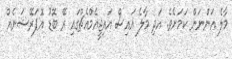
މާލެ އަންނަން ކަމަށެވެ. އަދި މާލެ އައިސް އައިޖީއެމްއެޗްގައި ރޭ ބޮޑު އޮޕަރޭޝަނެއް